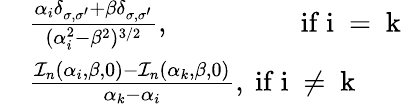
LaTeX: \begin{array}{rl}&{\frac{\alpha_{i}\delta_{\sigma,\sigma^{\prime}}+\beta\delta_{\sigma,\sigma^{\prime}}}{(\alpha_{i}^{2}-\beta^{2})^{3/2}},\mathrm{\, \, \, \, \, \, \, \, \, \, \, \, \, \, \, \, \, \, \, \, \, \, \, \, \, \, ~if~i~=~k~}}\\ &{\frac{\mathcal{I}_{n}(\alpha_{i},\beta,0)-\mathcal{I}_{n}(\alpha_{k},\beta,0)}{\alpha_{k}-\alpha_{i}},\mathrm{~if~i~\neq~k~}}\end{array}